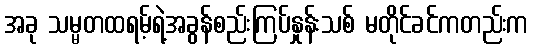
အခု သမ္မတထရမ့်ရဲ့အခွန်စည်းကြပ်နှုန်းသစ် မတိုင်ခင်ကတည်းက